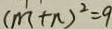
( m + n ) ^ { 2 } = 9